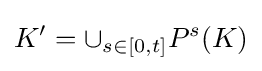
K'=\cup _{s\in [0,t]}P^{s}(K)